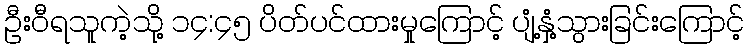
ဦးဝီရသူကဲ့သို့ ၁၄:၄၅ ပိတ်ပင်ထားမှုကြောင့် ပျံ့နှံ့သွားခြင်းကြောင့်